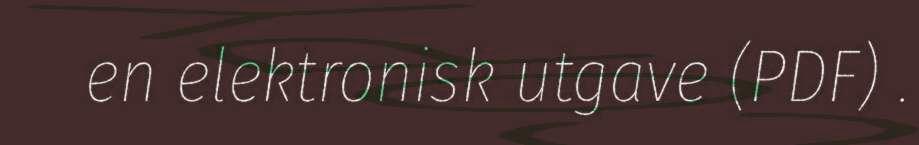
en elektronisk utgave (PDF) .